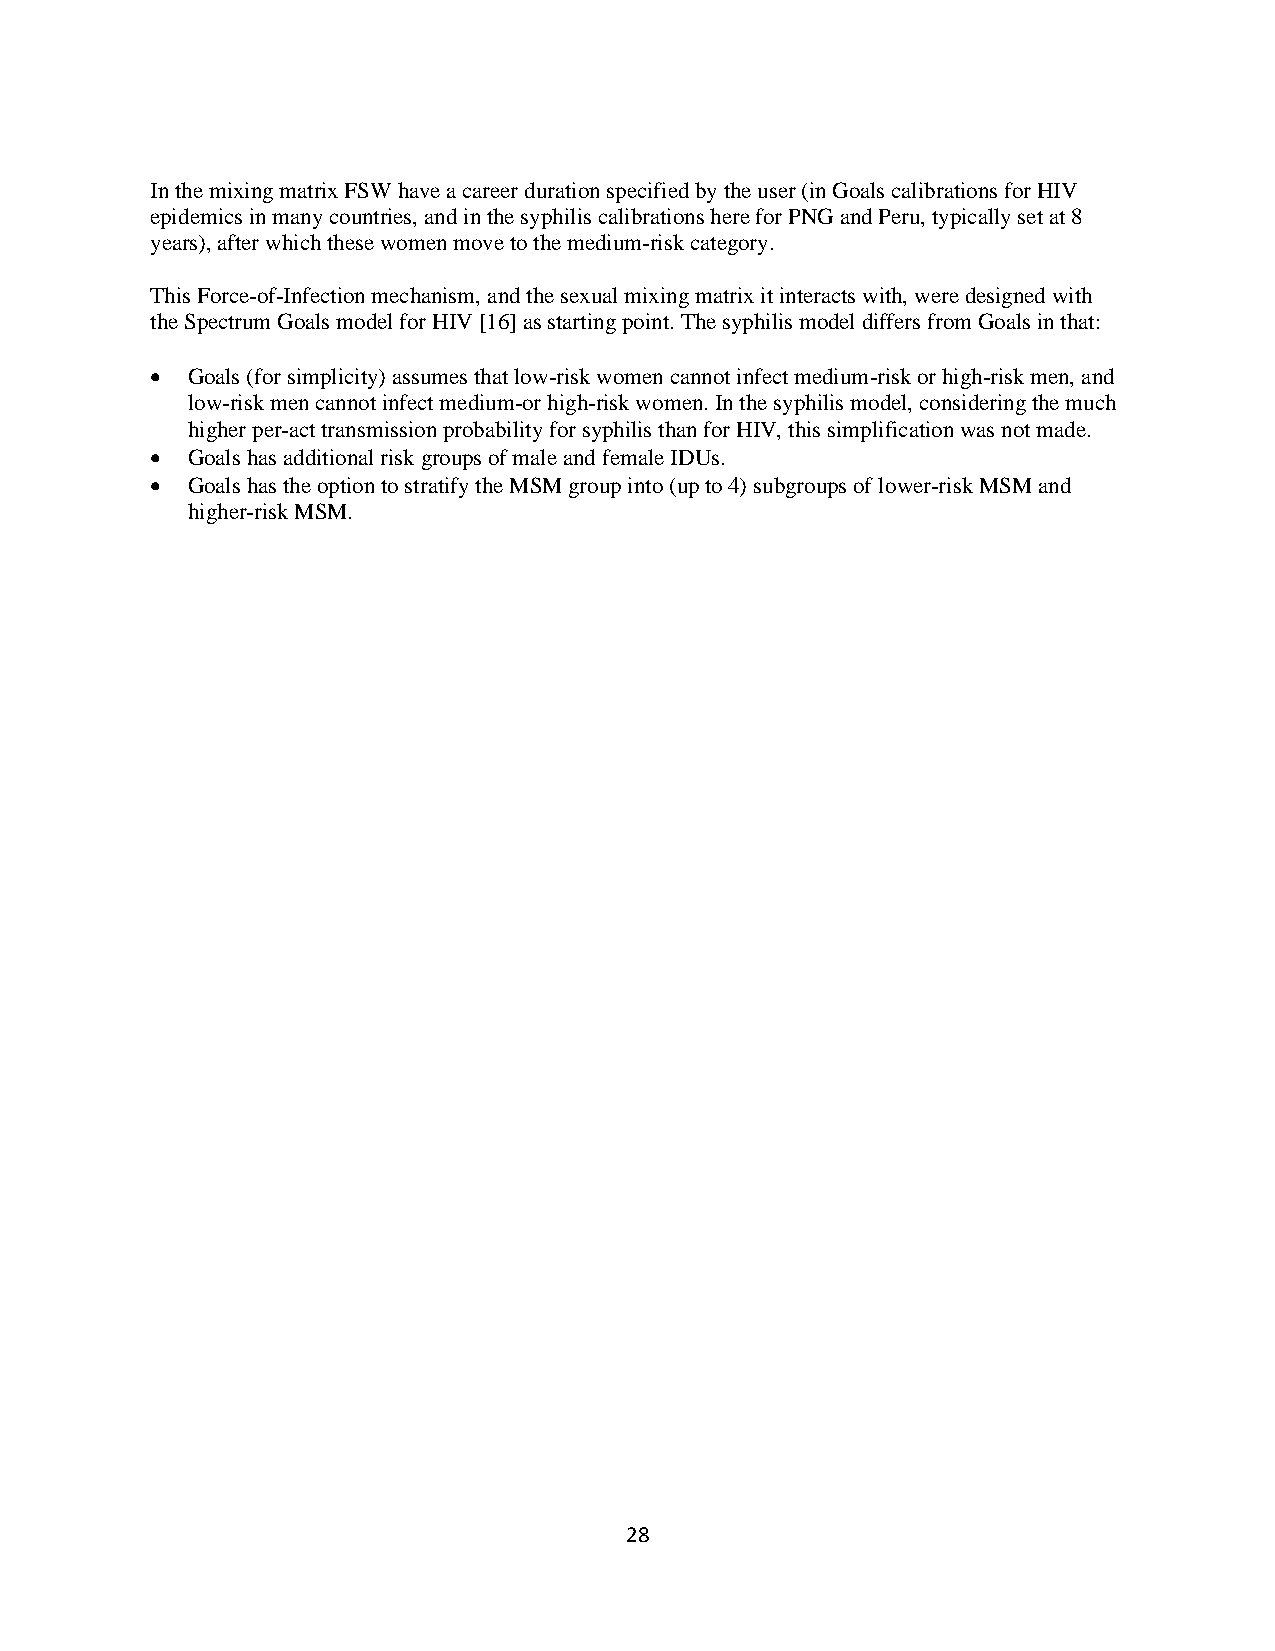
In the mixing matrix FSW have a career duration specified by the user (in Goals calibrations for HIV
 epidemics in many countries, and in the syphilis calibrations here for PNG and Peru, typically set at 8
 years), after which these women move to the medium-risk category.
 This Force-of-Infection mechanism, and the sexual mixing matrix it interacts with, were designed with
 the Spectrum Goals model for HIV [16] as starting point. The syphilis model differs from Goals in that:
 • Goals (for simplicity) assumes that low-risk women cannot infect medium-risk or high-risk men, and
 low-risk men cannot infect medium-or high-risk women. In the syphilis model, considering the much
 higher per-act transmission probability for syphilis than for HIV, this simplification was not made.
 • Goals has additional risk groups of male and female IDUs.
 • Goals has the option to stratify the MSM group into (up to 4) subgroups of lower-risk MSM and
 higher-risk MSM.
 28